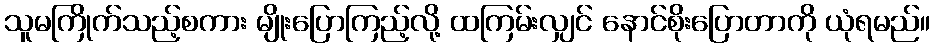
သူမကြိုက်သည့်စကား မျိုးပြောကြည့်လို့ ထကြမ်းလျှင် နောင်စိုးပြောတာကို ယုံရမည်။